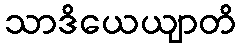
သာဒိယေယျာတိ